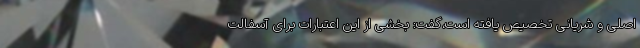
اصلی و شریانی تخصیص یافته است،گفت: بخشی از این اعتبارات برای آسفالت